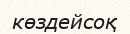
көздейсоқ